Lunatic asylums Burma 1907-21 - 1907-1921
Year: 1907
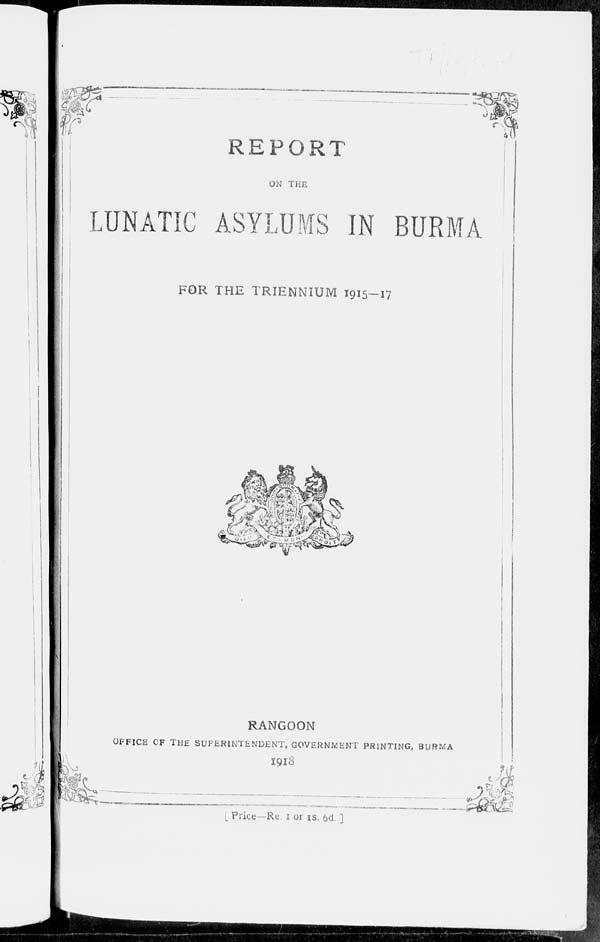
REPORT
ON THE
LUNATIC ASYLUMS IN BURMA
FOR THE TRIENNIUM 1915-17
RANGOON
OFFICE OF THE SUPERINTENDENT, GOVERNMENT PRINTING, BURMA
1918
[Price —Re. 1 or 1S. 6d. ]